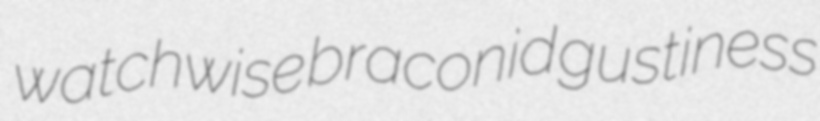
watchwise braconid gustiness